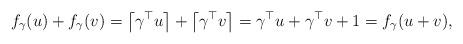
LaTeX: \begin{align*}f_{\gamma}(u)+f_{\gamma}(v)=\left\lceil\gamma^{\top}u\right\rceil + \left\lceil\gamma^{\top}v\right\rceil = \gamma^{\top}u+\gamma^{\top}v+1=f_{\gamma}(u+v),\end{align*}